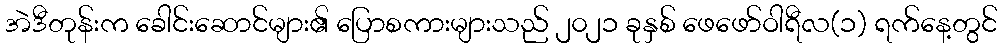
အဲဒီတုန်းက ခေါင်းဆောင်များ၏ ပြောစကားများသည် ၂၀၂၁ ခုနှစ် ဖေဖော်ဝါရီလ(၁) ရက်နေ့တွင်